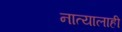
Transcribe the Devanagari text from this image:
नात्यालाही